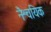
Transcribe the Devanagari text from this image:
नैश्चयिक